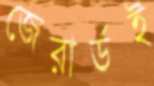
জেরার্ডই